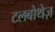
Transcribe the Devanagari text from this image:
टलबोथेज़